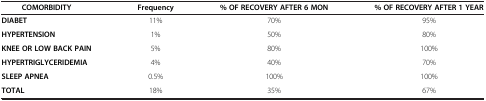
| COMORBIDITY | Frequency | % OF RECOVERY AFTER 6 MON | % OF RECOVERY AFTER 1 YEAR |
 | --- | --- | --- | --- |
 | DIABET | 11% | 70% | 95% |
 | HYPERTENSION | 1% | 50% | 80% |
 | KNEE OR LOW BACK PAIN | 5% | 80% | 100% |
 | HYPERTRIGLYCERIDEMIA | 4% | 40% | 70% |
 | SLEEP APNEA | 0.5% | 100% | 100% |
 | TOTAL | 18% | 35% | 67% |